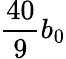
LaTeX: \frac{40}{9}b_{0}